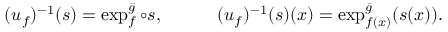
( u _ { f } ) ^ { - 1 } ( s ) = \exp _ { f } ^ { \bar { g } } \circ s , \qquad \quad ( u _ { f } ) ^ { - 1 } ( s ) ( x ) = \exp _ { f ( x ) } ^ { \bar { g } } ( s ( x ) ) .